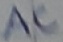
Text: AC